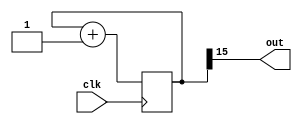
module frequency_divider (
    input clk,
    output out
);

reg [30:0]q =0;

always@(posedge clk)begin

    q <= q+1;

end

assign out = q[15];
    
endmodule